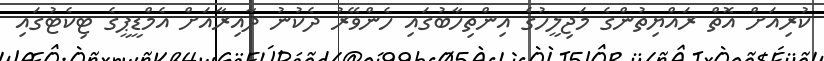
ކުރިއަށް އޮތް ރައްޔިތުންގެ މަޖިލީހުގެ އިންތިހާބުގައި ހެންވޭރު ދެކުނު ދާއިރާއަށް އެމްޑީޕީގެ ޓިކެޓުގައި